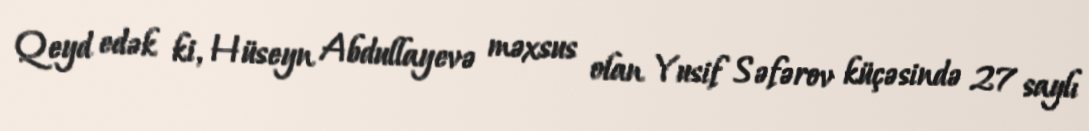
Qeyd edək ki, Hüseyn Abdullayevə məxsus olan Yusif Səfərov küçəsində 27 saylı